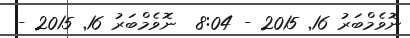
ނޮވެމްބަރު 16